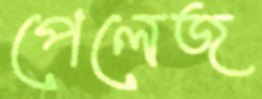
পেলেজ